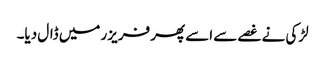
لڑکی نے غصے سے اسے پھر فریزر میں ڈال دیا۔